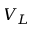
V _ { L }